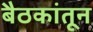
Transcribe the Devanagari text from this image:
बैठकांतून